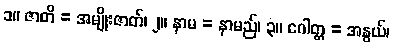
၁။ ဇာတိ = အမျိုးဇာတ်၊ ၂။ နာမ = နာမည်၊ ၃။ ဂေါတ္တ = အနွယ်၊